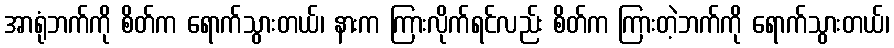
အာရုံဘက်ကို စိတ်က ရောက်သွားတယ်၊ နားက ကြားလိုက်ရင်လည်း စိတ်က ကြားတဲ့ဘက်ကို ရောက်သွားတယ်၊